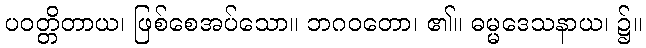
ပဝတ္တိတာယ၊ ဖြစ်စေအပ်သော။ ဘဂဝတော၊ ၏။ ဓမ္မဒေသနာယ၊ ၌။